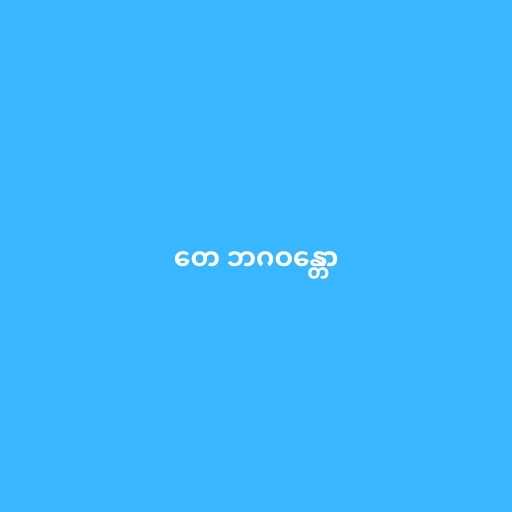
တေ ဘဂဝန္တော